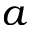
a